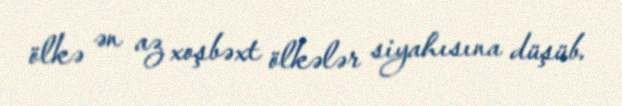
ölkə ən az xoşbəxt ölkələr siyahısına düşüb.